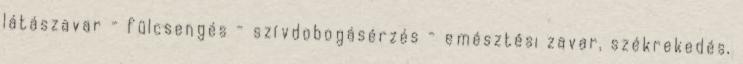
látászavar - fülcsengés - szívdobogásérzés - emésztési zavar, székrekedés,